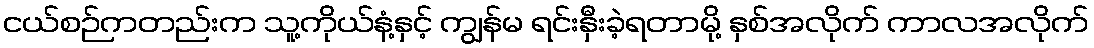
ငယ်စဉ်ကတည်းက သူ့ကိုယ်နံ့နှင့် ကျွန်မ ရင်းနှီးခဲ့ရတာမို့ နှစ်အလိုက် ကာလအလိုက်